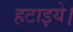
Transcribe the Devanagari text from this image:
हटाइये।